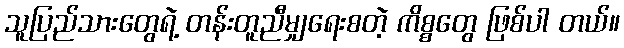
သူပြည်သားတွေရဲ့ တန်းတူညီမျှရေးစတဲ့ ကိစ္စတွေ ဖြစ်ပါ တယ်။